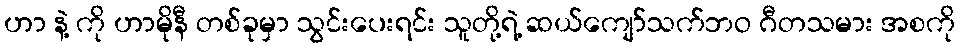
ဟာ နဲ့ ကို ဟာမိုနီ တစ်ခုမှာ သွင်းပေးရင်း သူတို့ရဲ့ ဆယ်ကျော်သက်ဘဝ ဂီတသမား အစကို